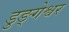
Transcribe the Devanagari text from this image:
डुङ्गेश्वर